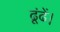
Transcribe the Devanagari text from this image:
ढूंढें।